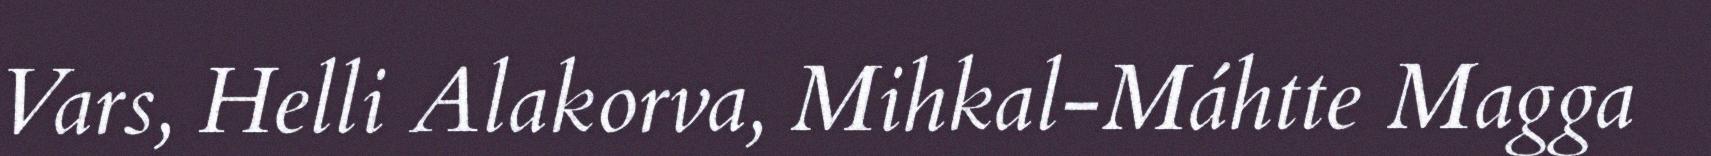
Vars, Helli Alakorva, Mihkal-Máhtte Magga